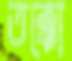
তক্কো